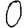
Digit: 0